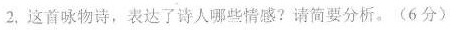
2. 这首咏物诗，表达了诗人哪些情感?请简要分析。(6分)